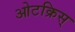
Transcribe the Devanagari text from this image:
ओटक्रिस्